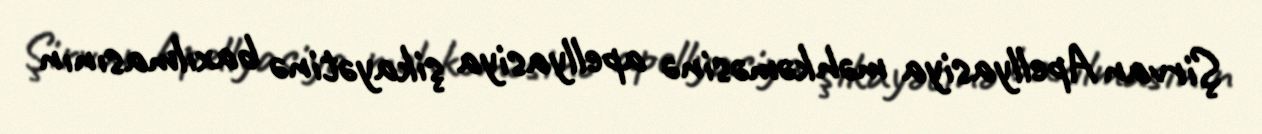
Şirvan Apellyasiya məhkəməsinə apellyasiya şikayətinə baxılmasının